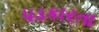
પડકારતા